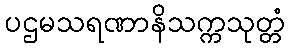
ပဌမသရဏာနိသက္ကသုတ္တံ